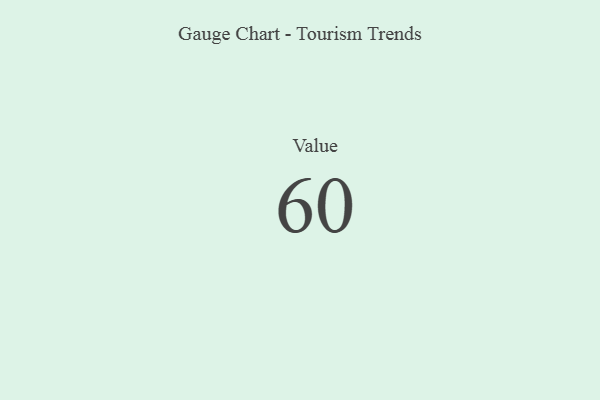
{"axis": {"x": "Metric", "y": "Value"}, "legend": [""], "data": [{"x": "Value", "y": 60, "type": ""}]}